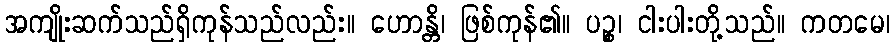
အကျိုးဆက်သည်ရှိကုန်သည်လည်း။ ဟောန္တိ၊ ဖြစ်ကုန်၏။ ပဉ္စ၊ ငါးပါးတို့သည်။ ကတမေ၊